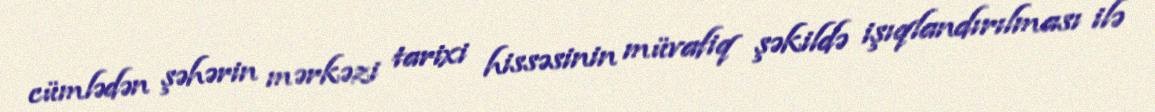
cümlədən şəhərin mərkəzi tarixi hissəsinin müvafiq şəkildə işıqlandırılması ilə